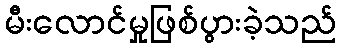
မီးလောင်မှုဖြစ်ပွားခဲ့သည်